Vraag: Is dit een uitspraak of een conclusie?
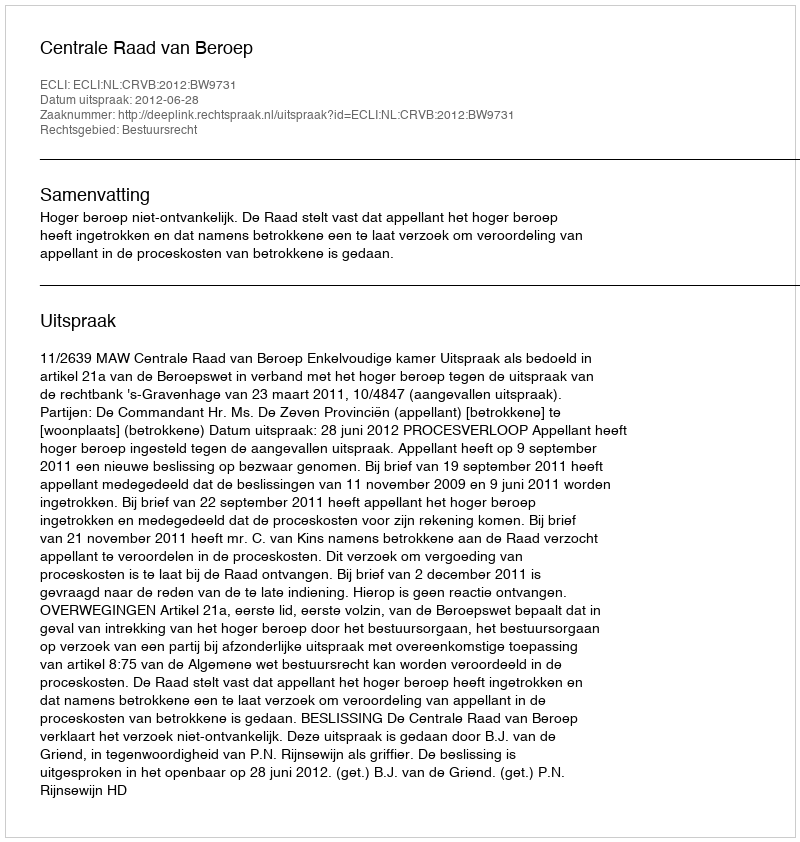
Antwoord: Uitspraak